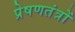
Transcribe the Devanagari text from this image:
प्रेषणतंत्रों